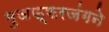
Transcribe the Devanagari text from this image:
मुजफ्फरजंगने